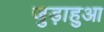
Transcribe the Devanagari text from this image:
जुड़ाहुआ